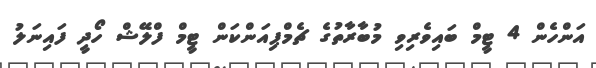
އަންހެން 4 ޓީމް ބައިވެރިވި މުބާރާތުގެ ޗެމްޕިއަންކަން ޓީމް ފްލޭޝް ހޯދީ ފައިނަލު